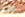
يمنعهم